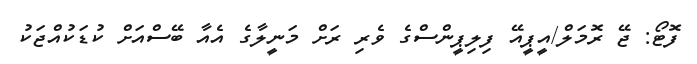
ފޮޓޯ: ޖޭ ރޮމަލް/އީޕީއޭ ފިލިޕީންސްގެ ވެރި ރަށް މަނީލާގެ އެއާ ބޭސްއަށް ކުޑަކުއްޖަކު